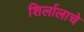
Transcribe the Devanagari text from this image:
शिर्लालाचे